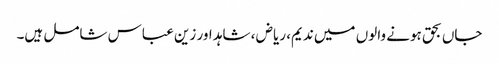
جاں بحق ہونے والوں میں ندیم، ریاض ، شاہد اور زین عباس شامل ہیں۔